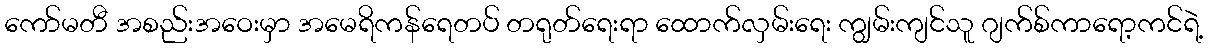
ကော်မတီ အစည်းအဝေးမှာ အမေရိကန်ရေတပ် တရုတ်ရေးရာ ထောက်လှမ်းရေး ကျွမ်းကျင်သူ ဂျက်စ်ကာရော့ကင်ရဲ့